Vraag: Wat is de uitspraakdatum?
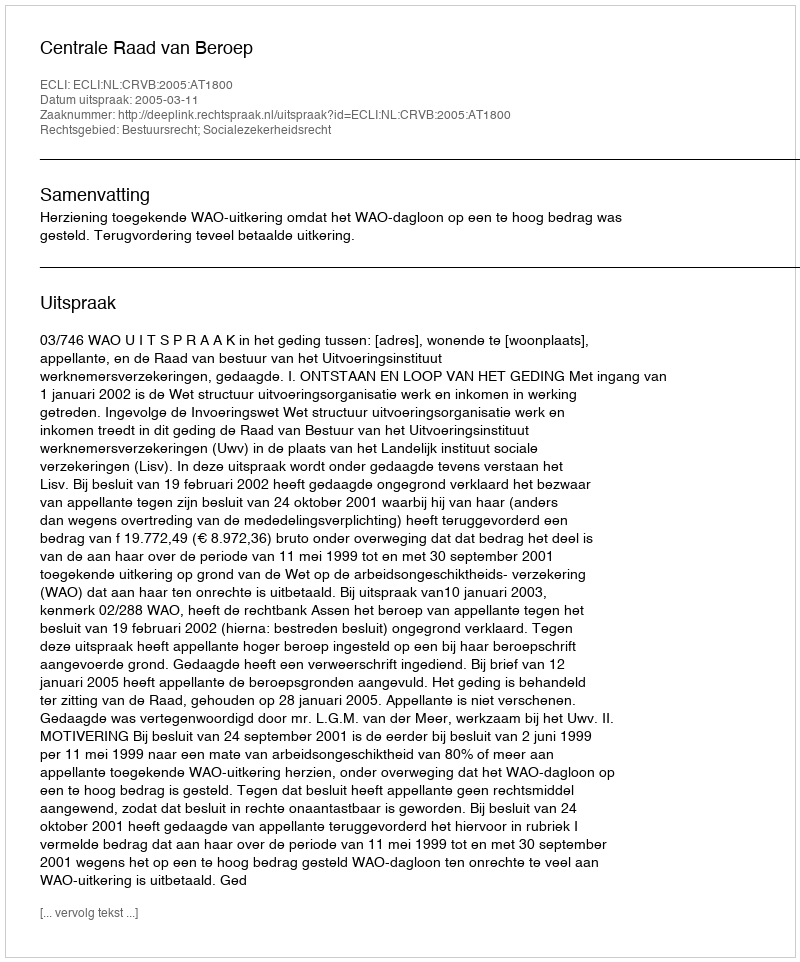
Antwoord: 2005-03-11